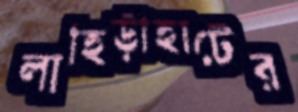
লাহিড়ীহাটের